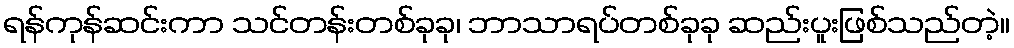
ရန်ကုန်ဆင်းကာ သင်တန်းတစ်ခုခု၊ ဘာသာရပ်တစ်ခုခု ဆည်းပူးဖြစ်သည်တဲ့။